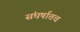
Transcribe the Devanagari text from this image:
संघर्षातच